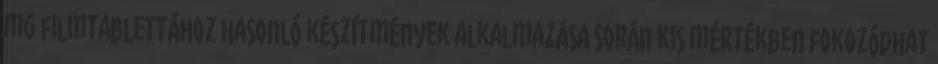
mg filmtablettához hasonló készítmények alkalmazása során kis mértékben fokozódhat